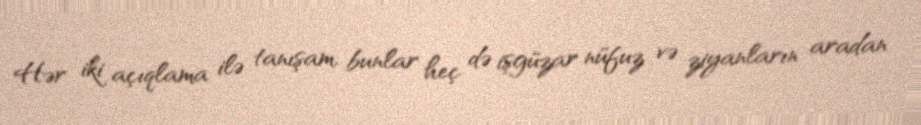
Hər iki açıqlama ilə tanışam, bunlar heç də işgüzar nüfuz və ziyanların aradan